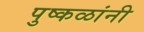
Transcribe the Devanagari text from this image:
पुष्कळांनी